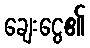
ချေးငွေ၏